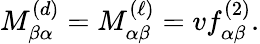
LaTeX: M_{\beta\alpha}^{(d)}=M_{\alpha\beta}^{(\ell)}=vf_{\alpha\beta}^{(2)}.